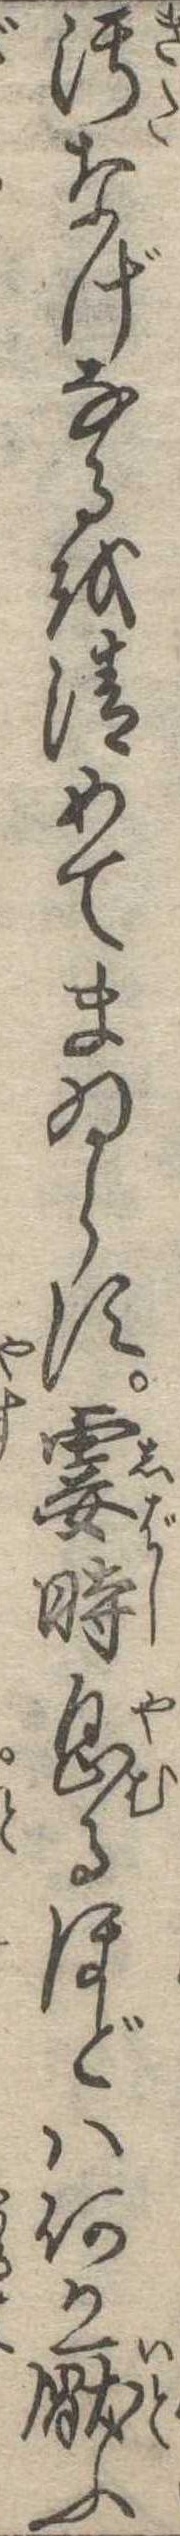
汚なげなるを清めてまゐらす霎時息るほどは何か厭ふ